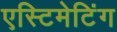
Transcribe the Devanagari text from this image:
एस्टिमेटिंग